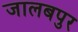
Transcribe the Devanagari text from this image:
जालबपुर